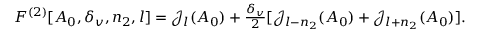
\begin{array} { r } { F ^ { ( 2 ) } [ A _ { 0 } , \delta _ { v } , n _ { 2 } , l ] = \mathcal { J } _ { l } ( A _ { 0 } ) + \frac { \delta _ { v } } { 2 } [ \mathcal { J } _ { l - n _ { 2 } } ( A _ { 0 } ) + \mathcal { J } _ { l + n _ { 2 } } ( A _ { 0 } ) ] . } \end{array}